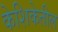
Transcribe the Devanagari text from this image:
केशिकेतील